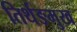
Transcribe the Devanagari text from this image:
तिर्थङमुख